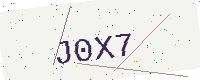
Text: J0X7